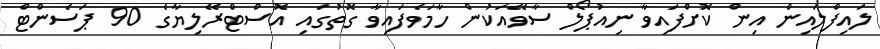
ލައިފްލައިން އިން ކޮށްފައިވާ ނިއުޕޯލް ސާވޭއަކުން ހާމަވެފައިވާ ގޮތުގައި އޮސްޓްރޭލިޔާގެ 90 ޕަސެންޓް